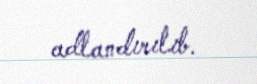
adlandırılıb.